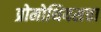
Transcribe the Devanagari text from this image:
प्रोमोथियसचा